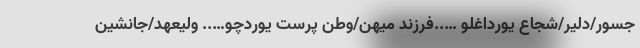
جسور/دلیر/شجاع یورداغلو …..فرزند میهن/وطن پرست یوردچو….. ولیعهد/جانشین